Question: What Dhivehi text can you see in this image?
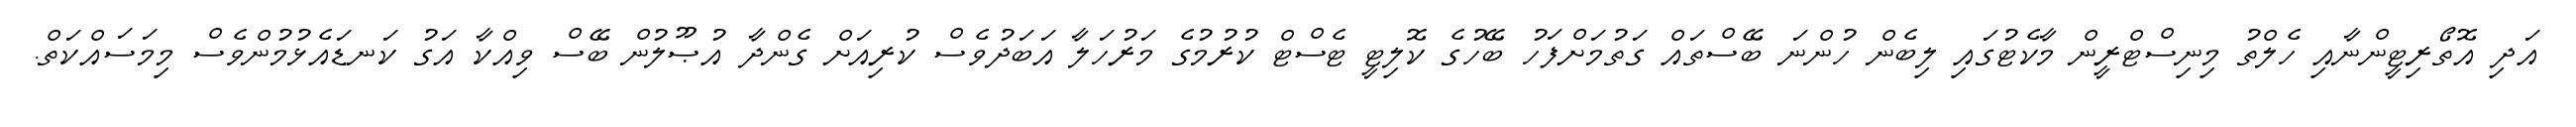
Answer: އަދި އޮތޯރިޓީންނާއި ހެލްތު މިނިސްޓްރީން މާކެޓުގައި ލިބެން ހުންނަ ބޭސްތައް ގަތުމަށްފަހު ބޭހުގެ ކޮލިޓީ ޓެސްޓް ކުރުމުގެ މަރުހަލާ އަބަދުވެސް ކުރިއަށް ގެންދާ އުޞޫލުން ބޭސް ވިއްކާ އަގު ކަނޑައެޅުމުންވެސް މިމަސައްކަތް.